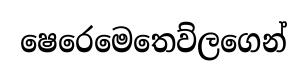
ෂෙරෙමෙතෙව්ලගෙන්